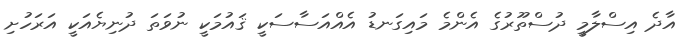
އާދެ އިސްލާމީ ދުސްތޫރުގެ އެންމެ މައިގަނޑު އެއްއަސާސަކީ ޤައުމަކީ ނުވަތަ ދުނިޔެއަކީ އަރަހުށި